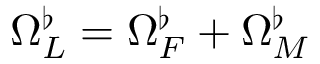
\Omega _ { L } ^ { \flat } = \Omega _ { F } ^ { \flat } + \Omega _ { M } ^ { \flat }